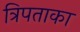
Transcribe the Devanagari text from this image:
त्रिपताका